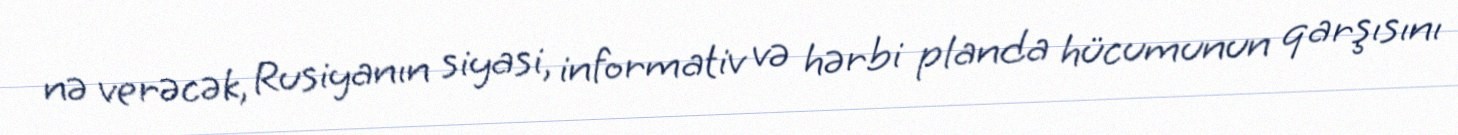
nə verəcək, Rusiyanın siyasi, informativ və hərbi planda hücumunun qarşısını